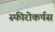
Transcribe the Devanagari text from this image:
स्फीरोकर्पस